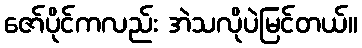
ဇော်ပိုင်ကလည်း အဲသလိုပဲမြင်တယ်။